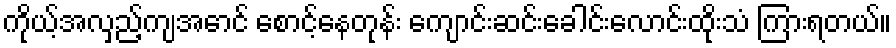
ကိုယ့်အလှည့်ကျအောင် စောင့်နေတုန်း ကျောင်းဆင်းခေါင်းလောင်းထိုးသံ ကြားရတယ်။